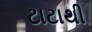
ટાટાથી